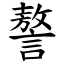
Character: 謷